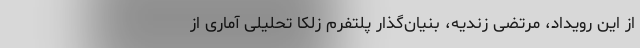
از این رویداد، مرتضی زندیه، بنیان‌گذار پلتفرم زلکا تحلیلی آماری از